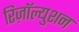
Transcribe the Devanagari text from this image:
रिज़ॉल्युशन